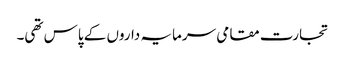
تجارت مقامی سرمایہ داروں کے پاس تھی۔